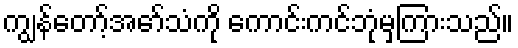
ကျွန်တော့်အော်သံကို ကောင်းကင်ဘုံမှကြားသည်။